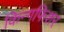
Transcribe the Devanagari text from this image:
किन्गफिशर